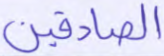
الصادقين